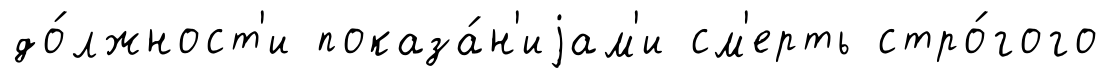
до́лжност'и показа́н'иjам'и см'ерть стро́гого